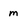
Character: m